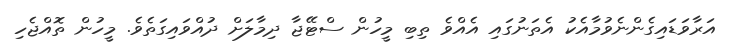
އަރާވަޑައިގެންނެވުމާއެކު އެތަނުގައި އެއްވެ ތިބި މީހުން ސްޓޭޖާ ދިމާލަށް ދުއްވައިގަތެވެ. މީހުން ތޮއްޖެހި